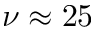
\nu \approx 2 5